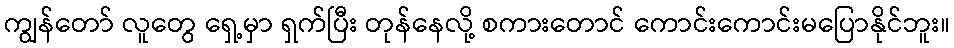
ကျွန်တော် လူတွေ ရှေ့မှာ ရှက်ပြီး တုန်နေလို့ စကားတောင် ကောင်းကောင်းမပြောနိုင်ဘူး။